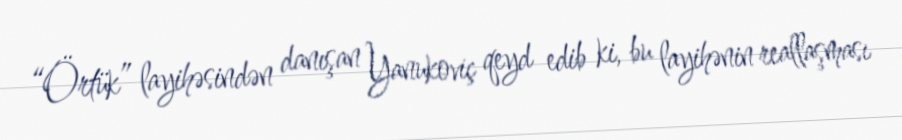
“Örtük” layihəsindən danışan Yanukoviç qeyd edib ki, bu layihənin reallaşması